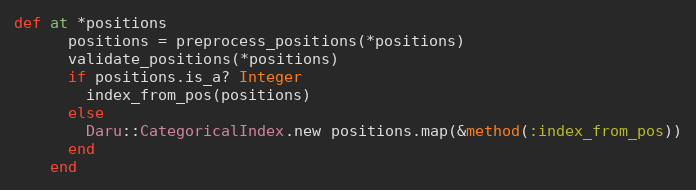
Language: Ruby
def at *positions
      positions = preprocess_positions(*positions)
      validate_positions(*positions)
      if positions.is_a? Integer
        index_from_pos(positions)
      else
        Daru::CategoricalIndex.new positions.map(&method(:index_from_pos))
      end
    end